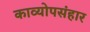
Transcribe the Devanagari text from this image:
काव्योपसंहार